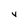
Character: y